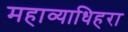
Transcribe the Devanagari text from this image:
महाव्याधिहरा